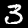
Digit: 3